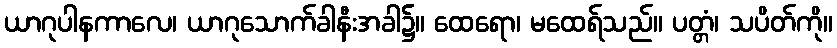
ယာဂုပါနကာလေ၊ ယာဂုသောက်ခါနီးအခါ၌။ ထေရော၊ မထေရ်သည်။ ပတ္တံ၊ သပိတ်ကို။